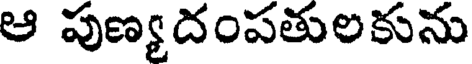
ఆ పుణ్యదంపతులకును